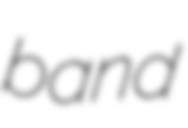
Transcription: band